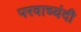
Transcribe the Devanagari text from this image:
परवाच्यंदी